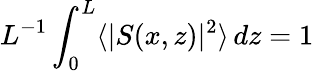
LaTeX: L^{-1}\int_{0}^{L}\langle\vert S(x,z)\vert^{2}\rangle\, dz=1